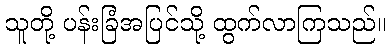
သူတို့ ပန်းခြံအပြင်သို့ ထွက်လာကြသည်။